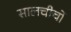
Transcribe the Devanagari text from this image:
सालचीचों